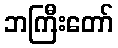
ဘကြီးတော်